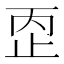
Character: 𰙠